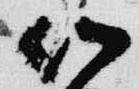
以